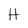
Character: H